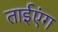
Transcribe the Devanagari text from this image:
ताईएंग